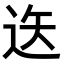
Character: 𨒔